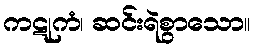
ကဋုကံ၊ ဆင်းရဲစွာသော။